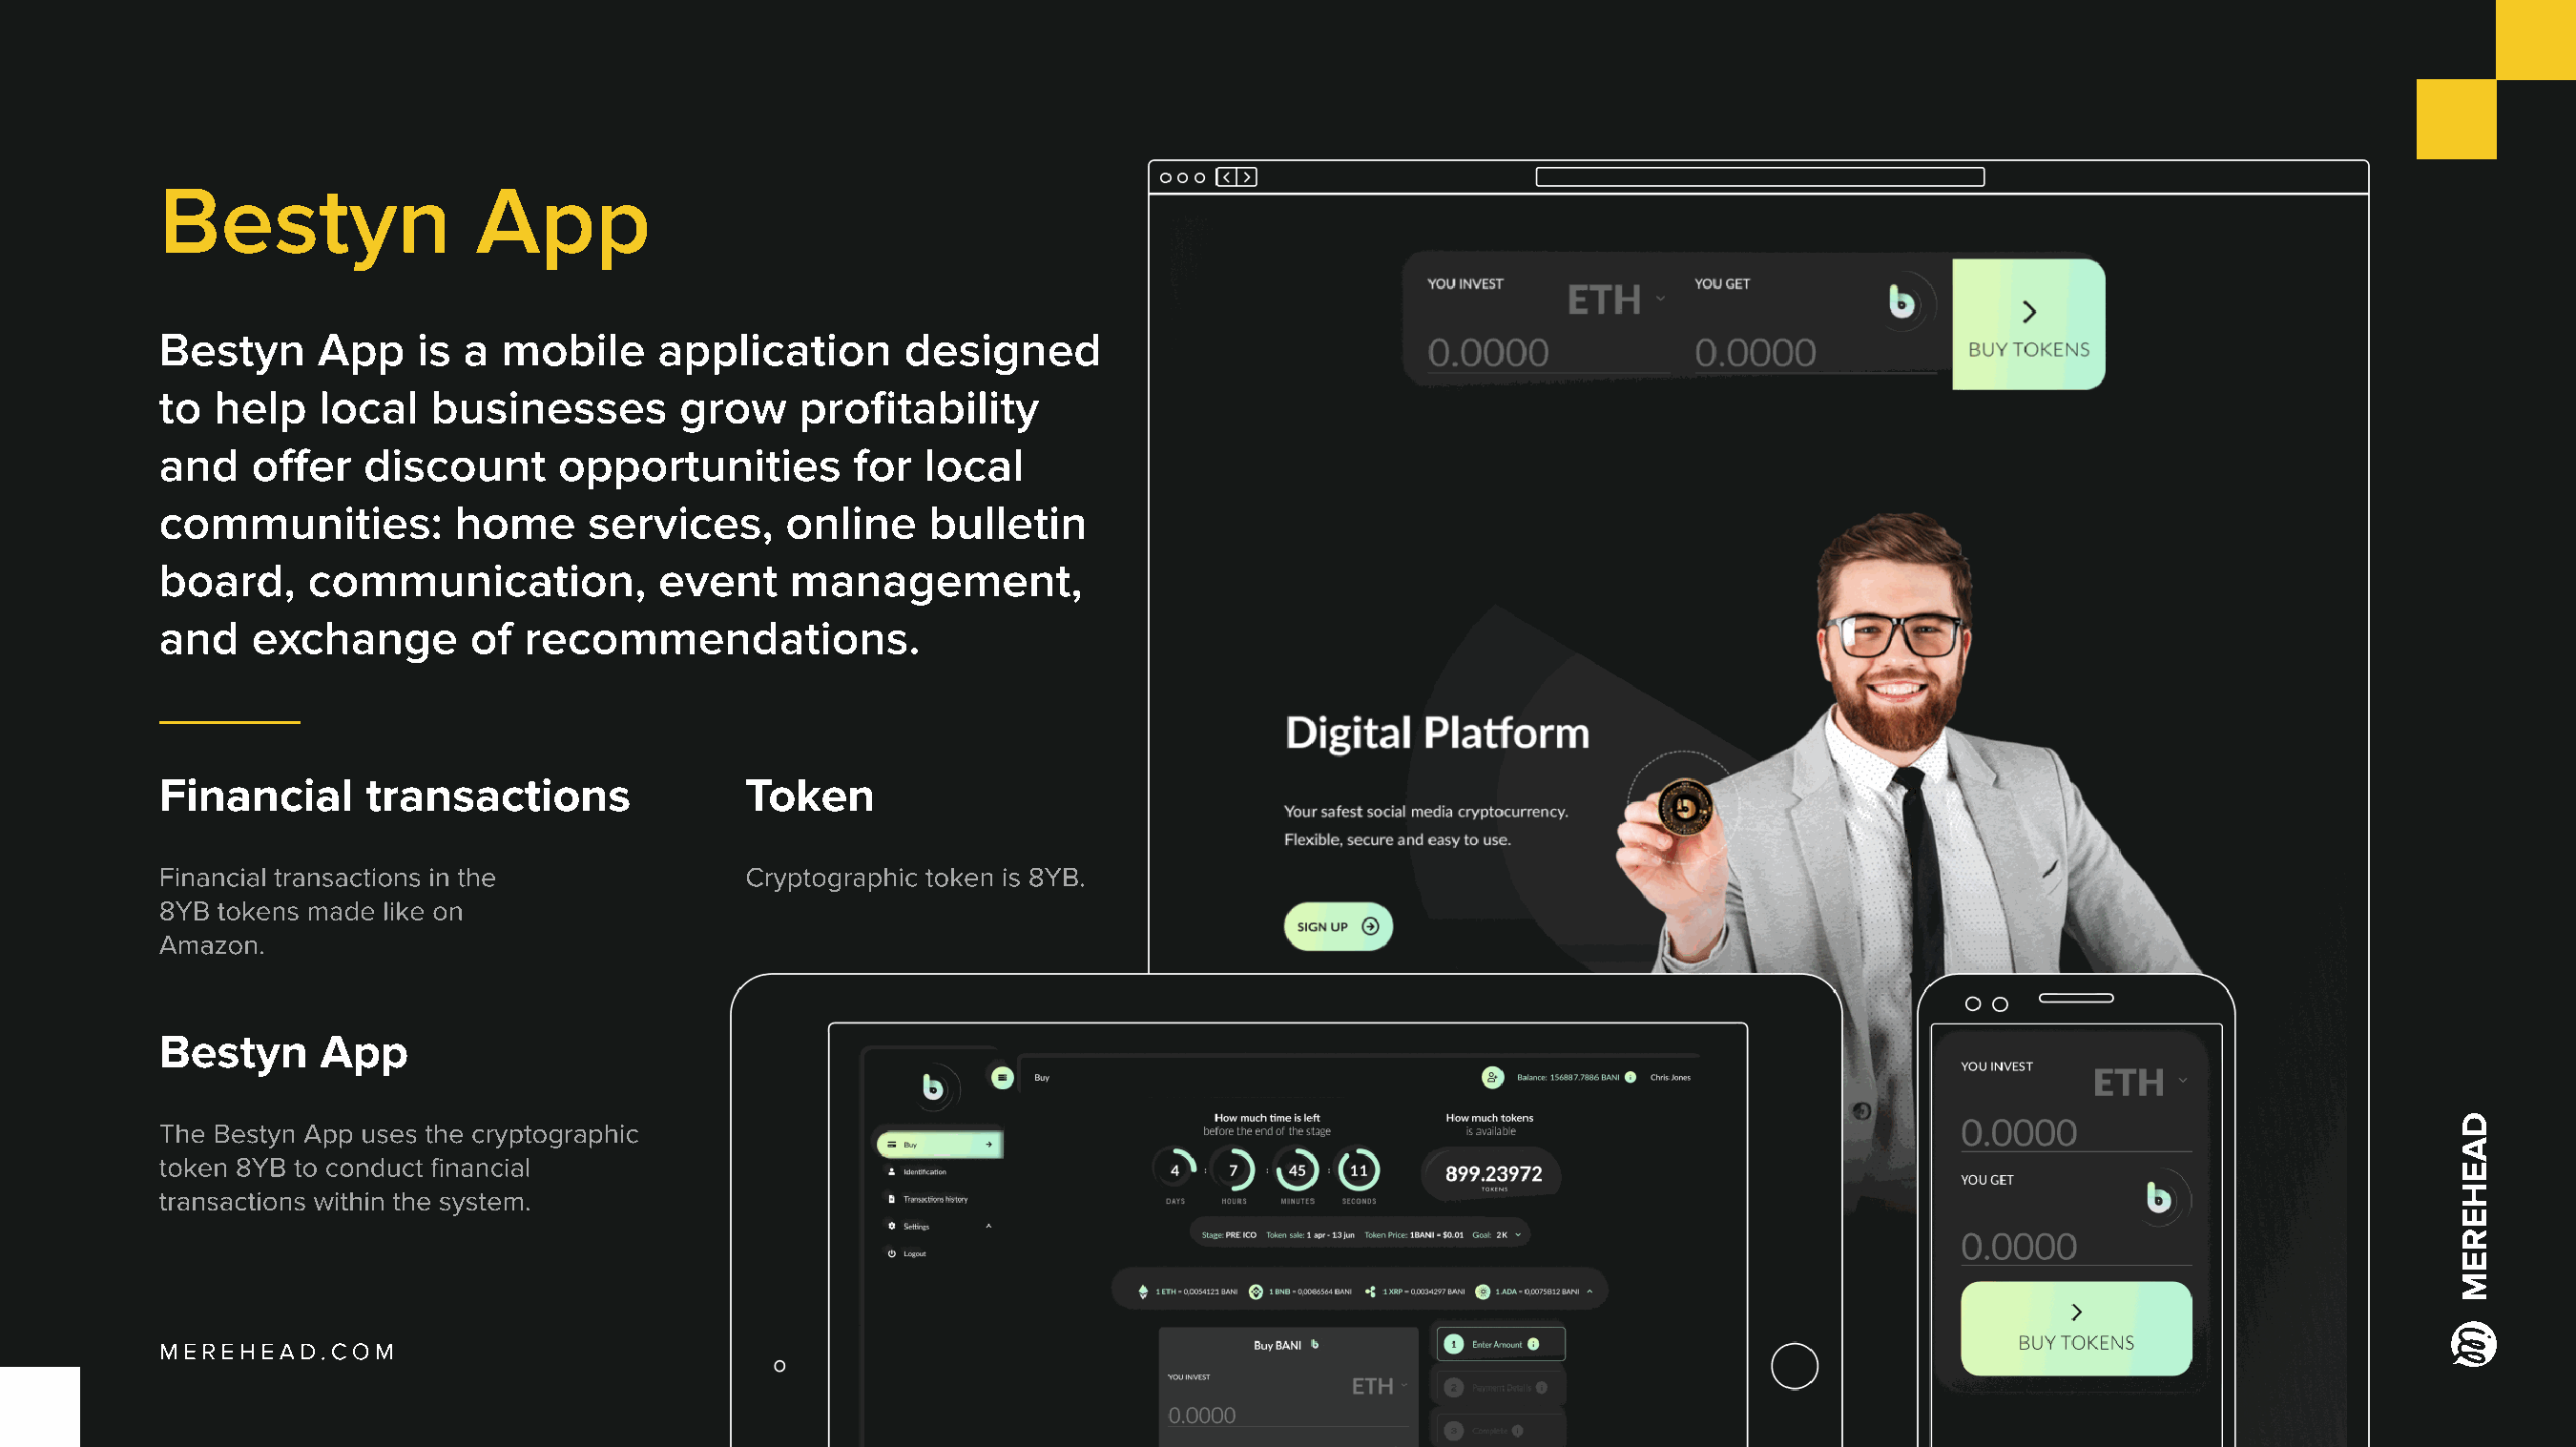
Bestyn                App
 Bestyn     App    is a  mobile     application      designed
 to  help   local   businesses       grow    profitability
 and   offer   discount      opportunities       for  local
 communities:         home     services,     online   bulletin
 board,    communication,           event    management,
 and   exchange        of recommendations.
 Financial     transactions               Token
 Financial transactions in the            Cryptographic token is 8YB.
 8YB tokens made like on
 Amazon.
 Bestyn     App
 You invest
 The Bestyn App uses the cryptographic
 token 8YB to conduct financial
 You get
 transactions within the system.
 Buy tokens
 Merehead.com